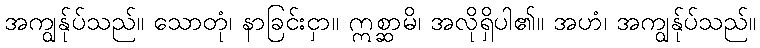
အကျွန်ုပ်သည်။ သောတုံ၊ နာခြင်းငှာ။ ဣစ္ဆာမိ၊ အလိုရှိပါ၏။ အဟံ၊ အကျွန်ုပ်သည်။